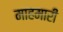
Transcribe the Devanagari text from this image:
माहमारी